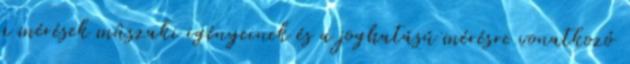
a mérések mûszaki igényeinek és a joghatású mérésre vonatkozó